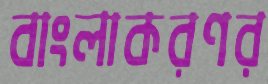
বাংলাকরণর